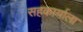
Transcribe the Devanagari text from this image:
सहकार्याला